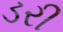
ડરી